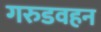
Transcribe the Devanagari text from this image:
गरुडवहन